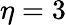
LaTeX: \eta=3